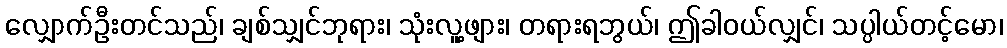
လျှောက်ဦးတင်သည်၊ ချစ်သျှင်ဘုရား၊ သုံးလူ့ဖျား၊ တရားရဘွယ်၊ ဤခါဝယ်လျှင်၊ သပ္ပါယ်တင့်မော၊